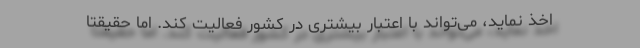
اخذ نماید، می‌تواند با اعتبار بیشتری در کشور فعالیت کند. اما حقیقتاً